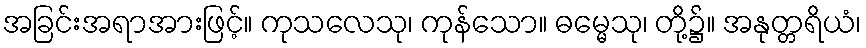
အခြင်းအရာအားဖြင့်။ ကုသလေသု၊ ကုန်သော။ ဓမ္မေသု၊ တို့၌။ အနုတ္တရိယံ၊